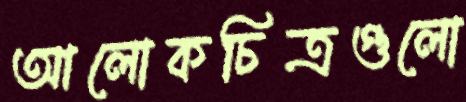
আলোকচিত্রগুলো